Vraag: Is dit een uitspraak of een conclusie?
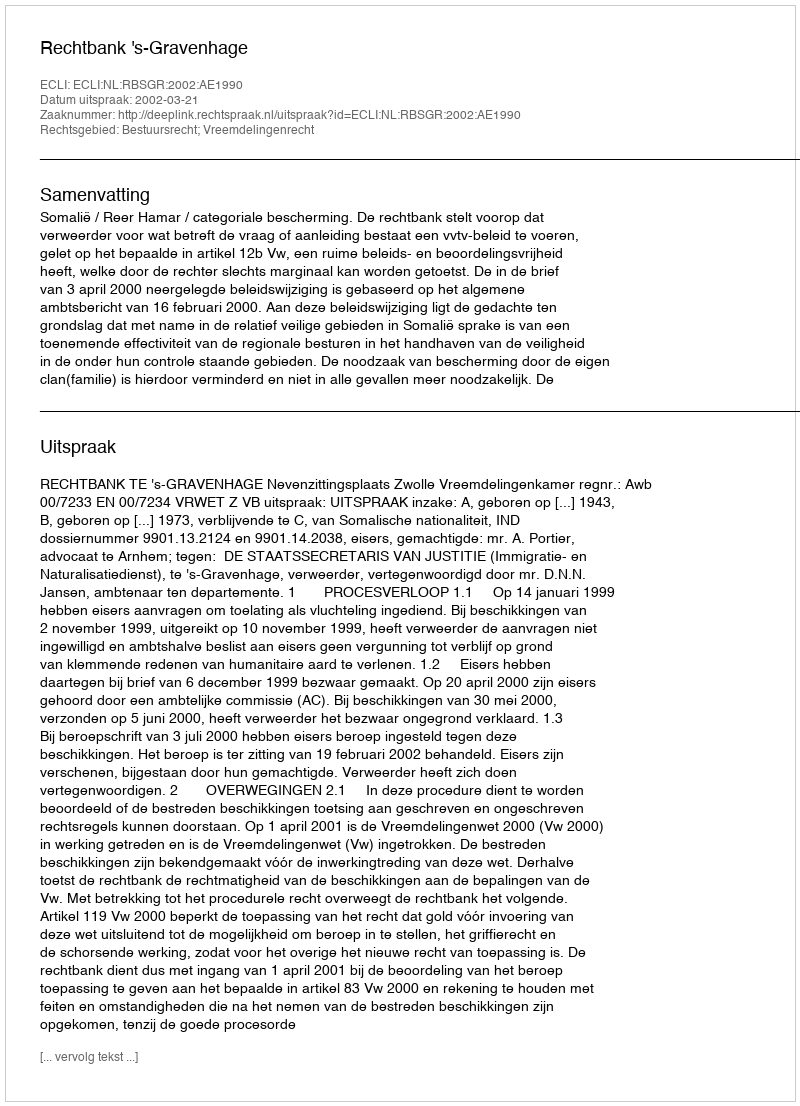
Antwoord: Uitspraak